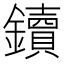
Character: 鑟